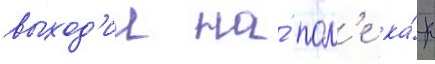
выход'ил на́ пол'е ка́к